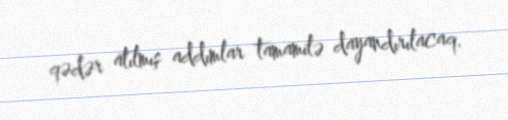
qədər atılmış addımlar tamamilə dayandırılacaq.